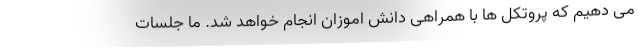
می دهیم که پروتکل ها با همراهی دانش اموزان انجام خواهد شد. ما جلسات